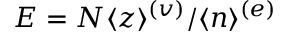
E = N \langle z \rangle ^ { ( v ) } / \langle n \rangle ^ { ( e ) }